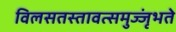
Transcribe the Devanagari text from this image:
विलसतस्तावत्समुज्जृंभते